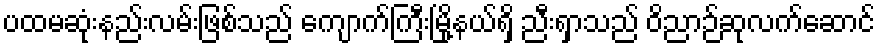
ပထမဆုံးနည်းလမ်းဖြစ်သည် ကျောက်ကြီးမြို့နယ်ရှိ ညီးရှာသည် ဝိညာဉ်ဆုလက်ဆောင်